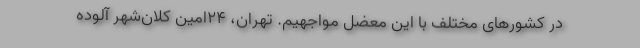
در کشورهای مختلف با این معضل مواجهیم. تهران، ۲۴امین کلان‌شهر آلوده